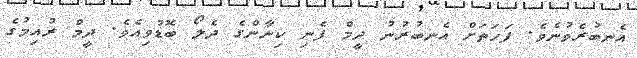
އެނބުރެވުނެވެ. ފަހަތަށް އެނބުރުނު ދީމް ފެނި ކިނާންގެ ދެލޯ ބޮޑުވިއެވެ. ދީމް ރުއިމުގެ